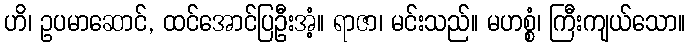
ဟိ၊ ဥပမာဆောင်, ထင်အောင်ပြဦးအံ့။ ရာဇာ၊ မင်းသည်။ မဟစ္စံ၊ ကြီးကျယ်သော။